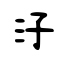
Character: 汓